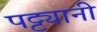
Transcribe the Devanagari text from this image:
पट्ट्यानी